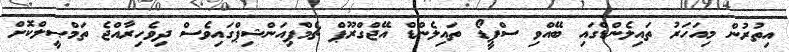
އިތުރުން މިއަހަރު ތައިލެންޑްގައި ބޭއްވި ސްޕީޑޯ ތައިލެންޑް އޭޖްގްރޫޕް ޗެމްޕިއަންޝިޕްގައިވެސް ދިވެހިރާއްޖެ ތަމްޞީލްކޮށް